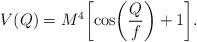
LaTeX: \begin{align*}V(Q) = M^4\biggl[\cos \biggl(\frac{Q}{f}\biggr ) +1\biggr].\end{align*}